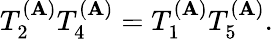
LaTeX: T_{2}^{(\mathbf{A})}T_{4}^{(\mathbf{A})}=T_{1}^{(\mathbf{A})}T_{5}^{(\mathbf{A})}.